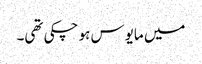
میں مایوس ہو چکی تھی۔